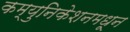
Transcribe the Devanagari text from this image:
कम्युनिकेशनमधून